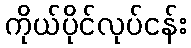
ကိုယ်ပိုင်လုပ်ငန်း